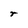
Character: r